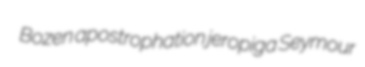
Bozen apostrophation jeropiga Seymour